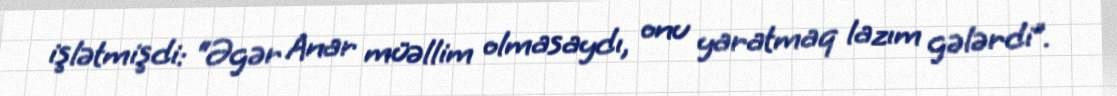
işlətmişdi: “Əgər Anar müəllim olmasaydı, onu yaratmaq lazım gələrdi”.